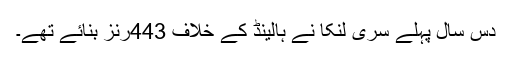
دس سال پہلے سری لنکا نے ہالینڈ کے خلاف 443رنز بنائے تھے۔